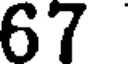
67